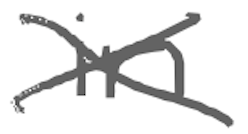
Text: in
Cross-out: cross
Writing tool: digital_gray